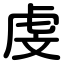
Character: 虔